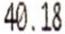
40.18